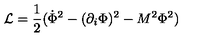
{ \cal L } = \frac { 1 } { 2 } ( \dot { \Phi } ^ { 2 } - ( \partial _ { i } \Phi ) ^ { 2 } - M ^ { 2 } \Phi ^ { 2 } )